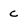
Character: c